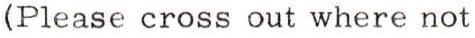
(Please cross out where not